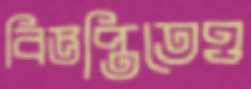
বিজ্ঞপ্তিতেও